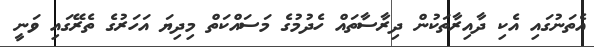
އެތަނުގައި އެކި ދާއިރާތަކުން ދިރާސާތައް ހެދުމުގެ މަސައްކަތް މިދިޔަ އަހަރުގެ ތެރޭގައި ވަނީ